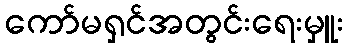
ကော်မရှင်အတွင်းရေးမှူး